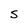
Character: S